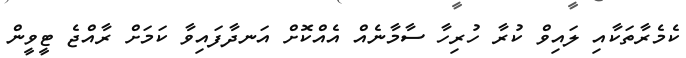
ކެމެރާތަކާއި ލައިވް ކުރާ ހުރިހާ ސާމާނެއް އެއްކޮށް އަނދާފައިވާ ކަމަށް ރާއްޖެ ޓީވީން